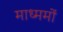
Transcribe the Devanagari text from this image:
माध्ममों